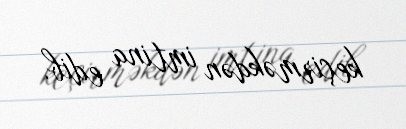
keçirməkdən imtina edib.